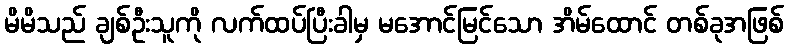
မိမိသည် ချစ်ဦးသူကို လက်ထပ်ပြီးခါမှ မအောင်မြင်သော အိမ်ထောင် တစ်ခုအဖြစ်